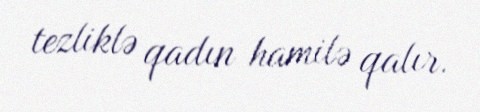
tezliklə qadın hamilə qalır.